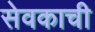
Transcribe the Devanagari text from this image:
सेवकाची